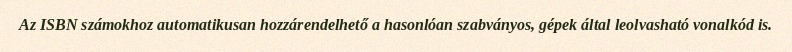
Az ISBN számokhoz automatikusan hozzárendelhető a hasonlóan szabványos, gépek által leolvasható vonalkód is.